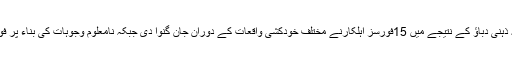
جے کے سی سی ایس نامی اس ادارے نے اپنی سالانہ رپورٹ میں اس بات کا بھی خلاصہ کیا ہے کہ ذہنی دباؤ کے نتیجے میں 15فورسز اہلکارنے مختلف خودکشی واقعات کے دوران جان گنوا دی جبکہ نامعلوم وجوہات کی بناء پر فورسز اہلکاروں نے ایک دوسرے پر بندوقیں تان لیں جس کے نتیجے میں 9اہلکاروں لقمہ اجل بن گئے ۔